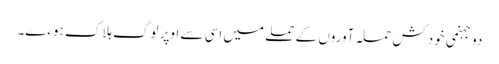
دو جہنمی خودکش حملہ آوروں کے حملے میں اسی سے اوپر لوگ ہلاک ہوءے۔